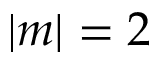
| m | = 2